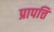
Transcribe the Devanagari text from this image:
प्रापत्ति